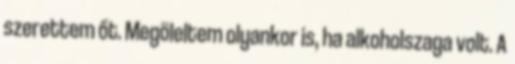
szerettem őt. Megöleltem olyankor is, ha alkoholszaga volt. A